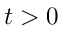
t > 0